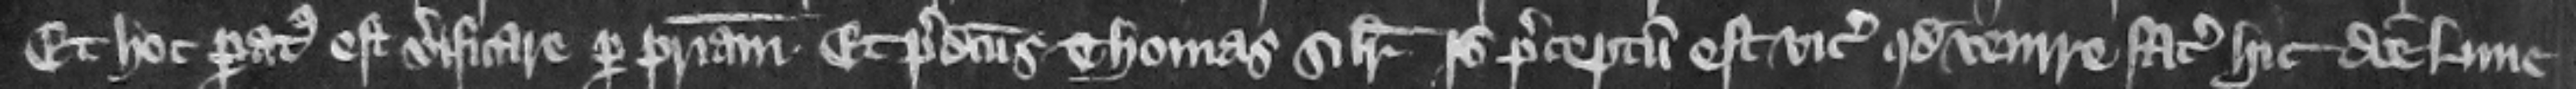
Et hoc paratus est verificare per patriam. Et predictus Thomas similiter. Ideo preceptum est vicecomiti quod venire faciat hic die Lune